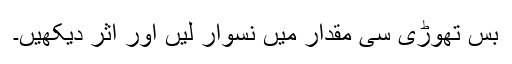
بس تھوڑی سی مقدار میں نسوار لیں اور اثر دیکھیں۔